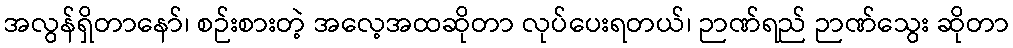
အလွန်ရှိတာနော်၊ စဉ်းစားတဲ့ အလေ့အထဆိုတာ လုပ်ပေးရတယ်၊ ဉာဏ်ရည် ဉာဏ်သွေး ဆိုတာ